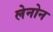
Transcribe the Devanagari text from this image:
लेनोन